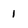
Character: 1